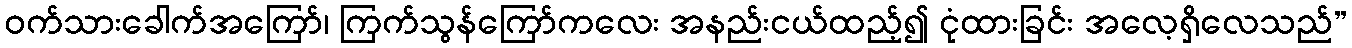
ဝက်သားခေါက်အကြော်၊ ကြက်သွန်ကြော်ကလေး အနည်းငယ်ထည့်၍ ငုံထားခြင်း အလေ့ရှိလေသည်”